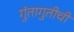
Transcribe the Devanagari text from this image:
गुंतागुतीची